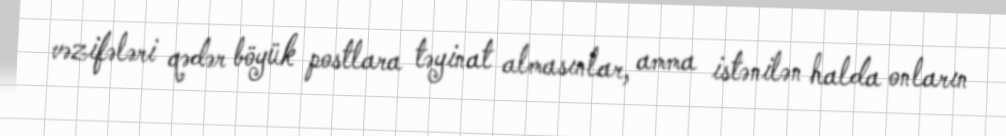
vəzifələri qədər böyük postlara təyinat almasınlar, amma istənilən halda onların